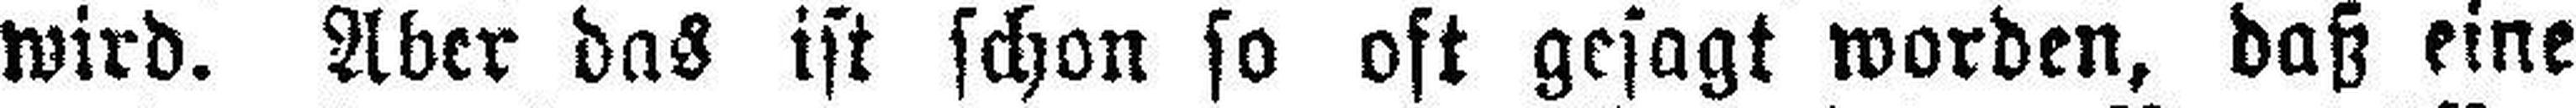
wird. Aber das ist schon so oft gesagt worden, daß eine